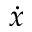
\dot { x }